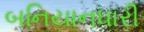
બનિયાનધારી